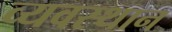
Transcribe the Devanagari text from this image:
व्यवस्थान